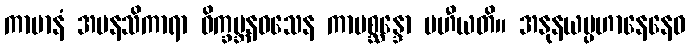
ကာမာနံ အမနသိကာရာ ဝိက္ခမ္ဘနဝသေန ကာမစ္ဆန္ဒော ပဟီယတိ။ အနုနယပ္ပဟာနေနေဝ